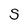
Character: S